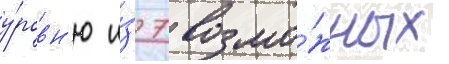
у́ровн'ю и́з 7 возмо́жных